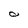
Character: 0